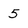
Character: 5